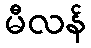
မီလန်